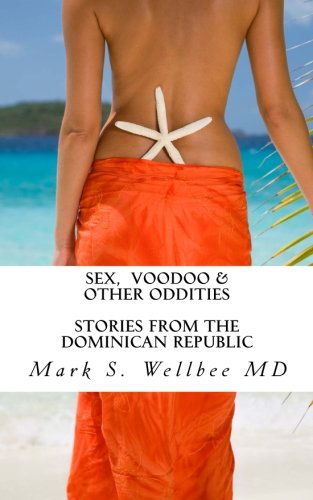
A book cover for Sex and Voodoo & Other Oddities: Stories from the Dominican Republic; Mark S Wellbee MD; Travel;